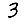
Digit: 3